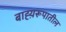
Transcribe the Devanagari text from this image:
बाह्य़रूपातील